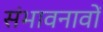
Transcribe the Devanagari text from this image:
संभावनावों